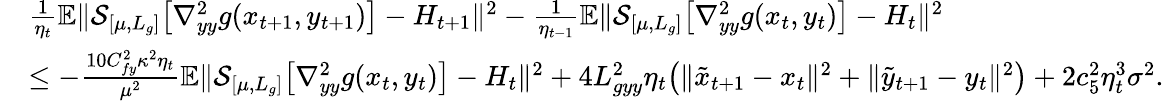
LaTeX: \begin{array}{rl}&{\frac{1}{\eta_{t}}\mathbb{E}\| \mathcal{S}_{[\mu,L_{g}]}\big[\nabla_{yy}^{2}g(x_{t+1},y_{t+1})\big]-H_{t+1}\| ^{2}-\frac{1}{\eta_{t-1}}\mathbb{E}\| \mathcal{S}_{[\mu,L_{g}]}\big[\nabla_{yy}^{2}g(x_{t},y_{t})\big]-H_{t}\| ^{2}}\\ &{\leq-\frac{10C_{fy}^{2}\kappa^{2}\eta_{t}}{\mu^{2}}\mathbb{E}\| \mathcal{S}_{[\mu,L_{g}]}\big[\nabla_{yy}^{2}g(x_{t},y_{t})\big]-H_{t}\| ^{2}+4L_{gyy}^{2}\eta_{t}\big(\| \tilde{x}_{t+1}-x_{t}\| ^{2}+\| \tilde{y}_{t+1}-y_{t}\| ^{2}\big)+2c_{5}^{2}\eta_{t}^{3}\sigma^{2}.}\end{array}